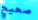
صحيح